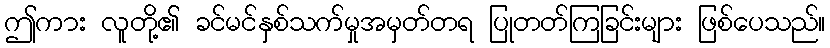
ဤကား လူတို့၏ ခင်မင်နှစ်သက်မှုအမှတ်တရ ပြုတတ်ကြခြင်းများ ဖြစ်ပေသည်။